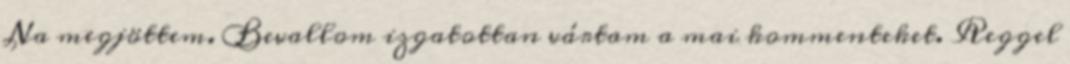
Na megjöttem. Bevallom izgatottan vártam a mai kommenteket. Reggel